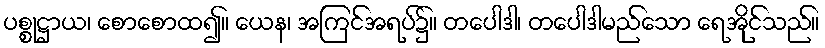
ပစ္စုဋ္ဌာယ၊ စောစောထ၍။ ယေန၊ အကြင်အရပ်၌။ တပေါဒါ၊ တပေါဒါမည်သော ရေအိုင်သည်။